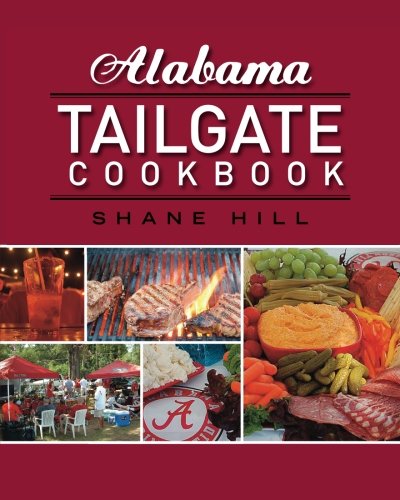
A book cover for Alabama Tailgate Cookbook: 2010 Recipes in Review; Shane Hill; Cookbooks, Food & Wine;